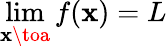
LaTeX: \operatorname*{lim}_{\mathbf{x}\toa}f(\mathbf{x})=L